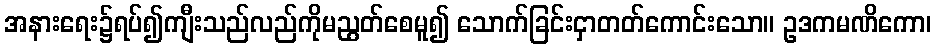
အနားရေး၌ရပ်၍ကျီးသည်လည်ကိုမညွတ်စေမူ၍ သောက်ခြင်းငှာတတ်ကောင်းသော။ ဥဒကမဏိကော၊